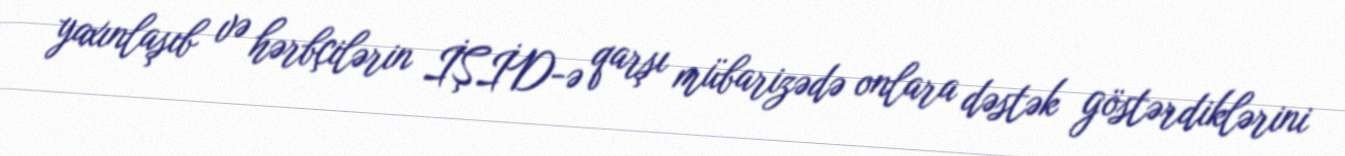
yaxınlaşıb və hərbçilərin İŞİD-ə qarşı mübarizədə onlara dəstək göstərdiklərini